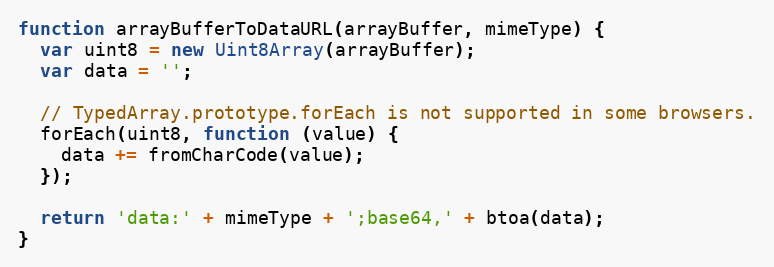
Language: JavaScript
function arrayBufferToDataURL(arrayBuffer, mimeType) {
  var uint8 = new Uint8Array(arrayBuffer);
  var data = '';

  // TypedArray.prototype.forEach is not supported in some browsers.
  forEach(uint8, function (value) {
    data += fromCharCode(value);
  });

  return 'data:' + mimeType + ';base64,' + btoa(data);
}